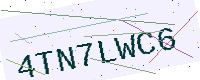
Text: 4TN7LWC6